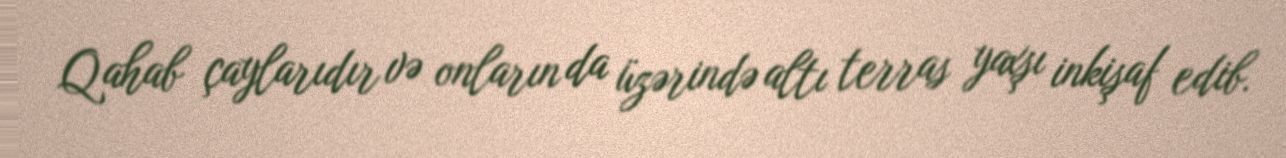
Qahab çaylarıdır və onların da üzərində altı terras yaxşı inkişaf edib.